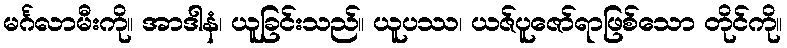
မင်္ဂလာမီးကို။ အာဒါနံ၊ ယူခြင်းသည်။ ယူပဿ၊ ယဇ်ပူဇော်ရာဖြစ်သော တိုင်ကို။